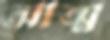
আত্ম